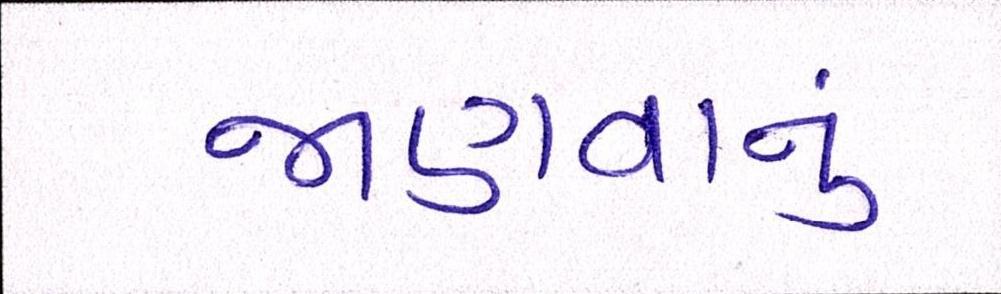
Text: જાણવાનું